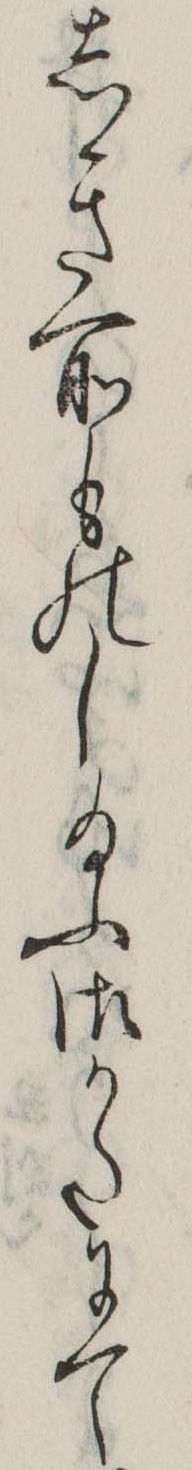
しき所ものし給ふ御かたにて